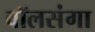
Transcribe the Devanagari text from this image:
वॉलसंगा